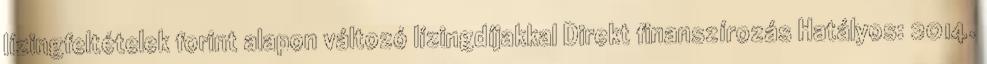
lízingfeltételek forint alapon változó lízingdíjakkal Direkt finanszírozás Hatályos: 2014.